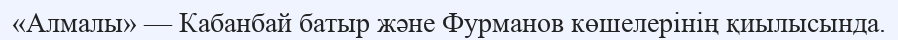
«Алмалы» — Кабанбай батыр және Фурманов көшелерінің қиылысында.